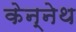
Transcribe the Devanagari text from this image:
केन्नेथ